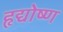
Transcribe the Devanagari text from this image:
हृद्योष्ण